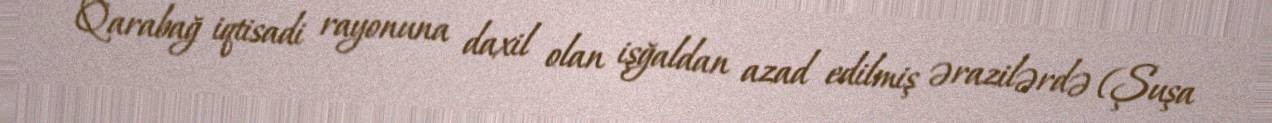
Qarabağ iqtisadi rayonuna daxil olan işğaldan azad edilmiş ərazilərdə (Şuşa